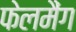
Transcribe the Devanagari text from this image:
फेलमैंग